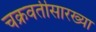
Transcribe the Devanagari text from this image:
चक्रवर्तीसारख्या